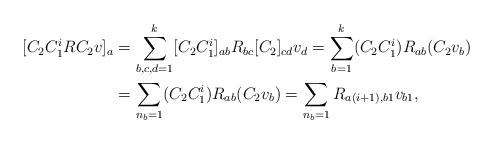
LaTeX: \begin{align*}[C_2 C_1^i R C_2 v]_a & = \sum_{b,c,d=1}^k [C_2 C_1^i]_{ab} R_{bc} [C_2]_{cd} v_d = \sum_{b=1}^k (C_2 C_1^i) R_{ab} (C_2 v_b) \\& = \sum_{n_b =1} (C_2 C_1^i) R_{ab} (C_2 v_b) = \sum_{n_b =1} R_{a(i+1),b1} v_{b1},\end{align*}